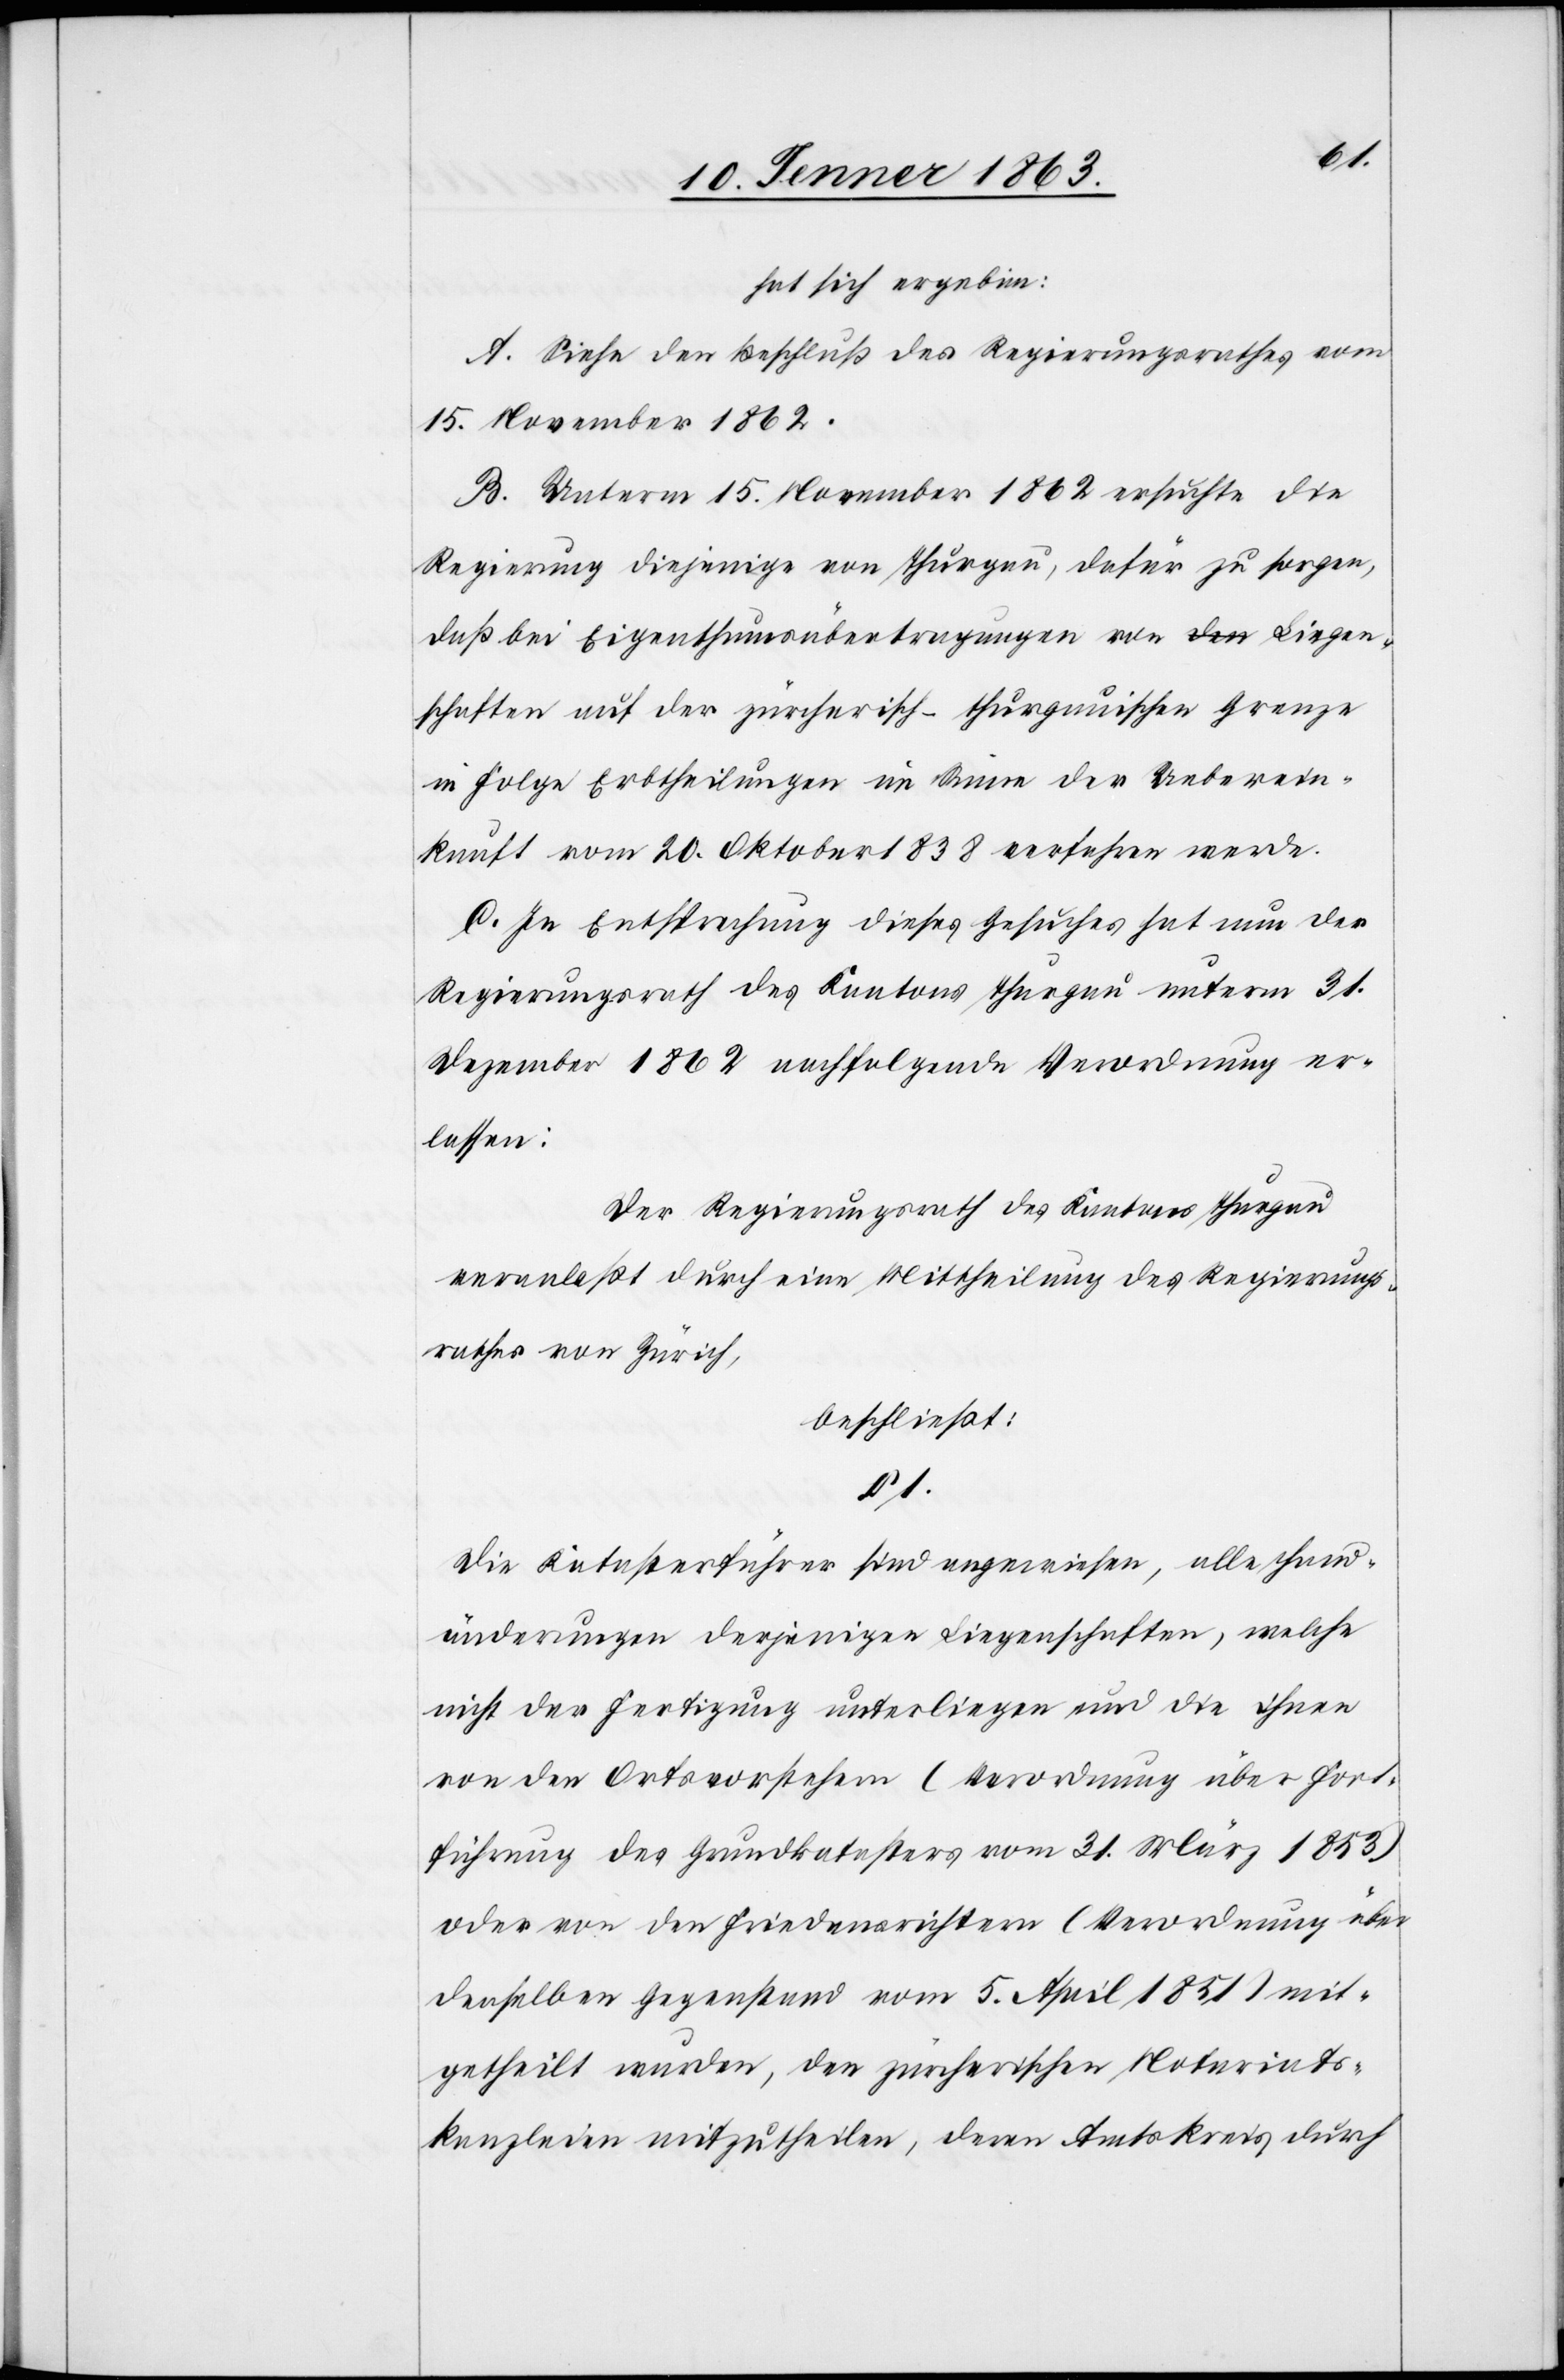
hat sich ergeben:
A. Siehe den Beschluß des Regierungsrathes vom
15. November 1862.
B. Unterm 15. November 1862 ersuchte die
Regierung diejenige von Thurgau, dafür zu sorgen,
daß bei Eigenthumsübertragungen von Liegen¬
schaften auf der zürcherisch-thurgauischen Grenze
in Folge Erbtheilungen im Sinne der Ueberein¬
kunft vom 20. Oktober 1838 verfahren werde.
C. In Entsprechung dieses Gesuches hat nun der
Regierungsrath des Kantons Thurgau unterm 31.
Dezember 1862 nachfolgende Verordnung er¬
lassen:
Der Regierungsrath des Kantons Thurgau
veranlaßt durch eine Mittheilung des Regierungs¬
rathes von Zürich,
beschließt:
§ 1.
Die Katasterführer sind angewiesen, alle Hand¬
änderungen derjenigen Liegenschaften, welche
nicht der Fertigung unterliegen und die ihnen
von den Ortsvorstehern (Verordnung über Fort¬
führung des Grundkatasters vom 31. März 1853)
oder von den Friedensrichtern (Verordnung über
denselben Gegenstand vom 5. April 1851) mit¬
getheilt wurden, den zürcherischen Notariats¬
kanzleien mitzutheilen, deren Amtskreis durch